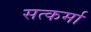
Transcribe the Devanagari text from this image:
सत्कर्मा